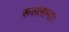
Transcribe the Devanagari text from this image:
रूसलानाः